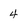
Character: 4